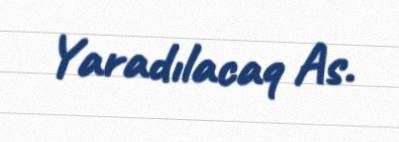
Yaradılacaq As.